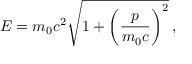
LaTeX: E = m _ { 0 } c ^ { 2 } { \sqrt { 1 + \left( { \frac { p } { m _ { 0 } c } } \right) ^ { 2 } } } \, ,